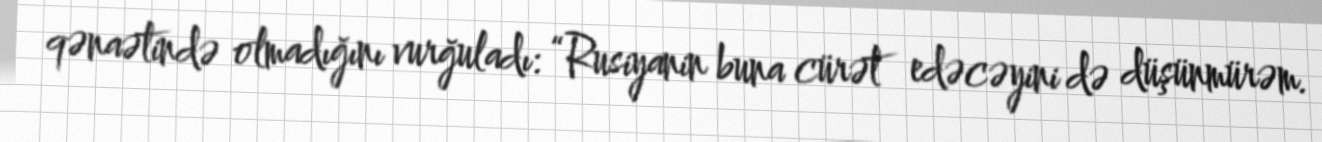
qənaətində olmadığını vurğuladı: “Rusiyanin buna cürət edəcəyini də düşünmürəm.